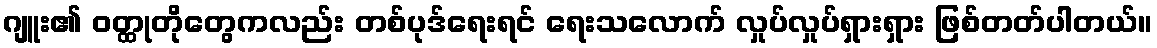
ဂျူး၏ ဝတ္ထုတိုတွေကလည်း တစ်ပုဒ်ရေးရင် ရေးသလောက် လှုပ်လှုပ်ရှားရှား ဖြစ်တတ်ပါတယ်။